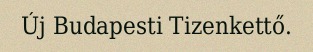
Új Budapesti Tizenkettő.